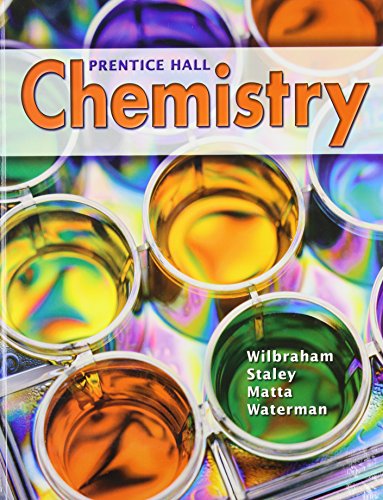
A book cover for Prentice Hall Chemistry; Anthony C. Wibraham; Science & Math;